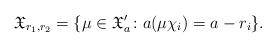
LaTeX: \begin{align*}\mathfrak{X}_{r_1,r_2}= \{\mu\in\mathfrak{X}_a' \colon a(\mu\chi_i) = a-r_i \}. \end{align*}